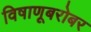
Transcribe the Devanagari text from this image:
विषाणूबरोबर